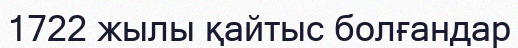
1722 жылы қайтыс болғандар